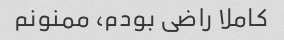
کاملا راضی بودم، ممنونم